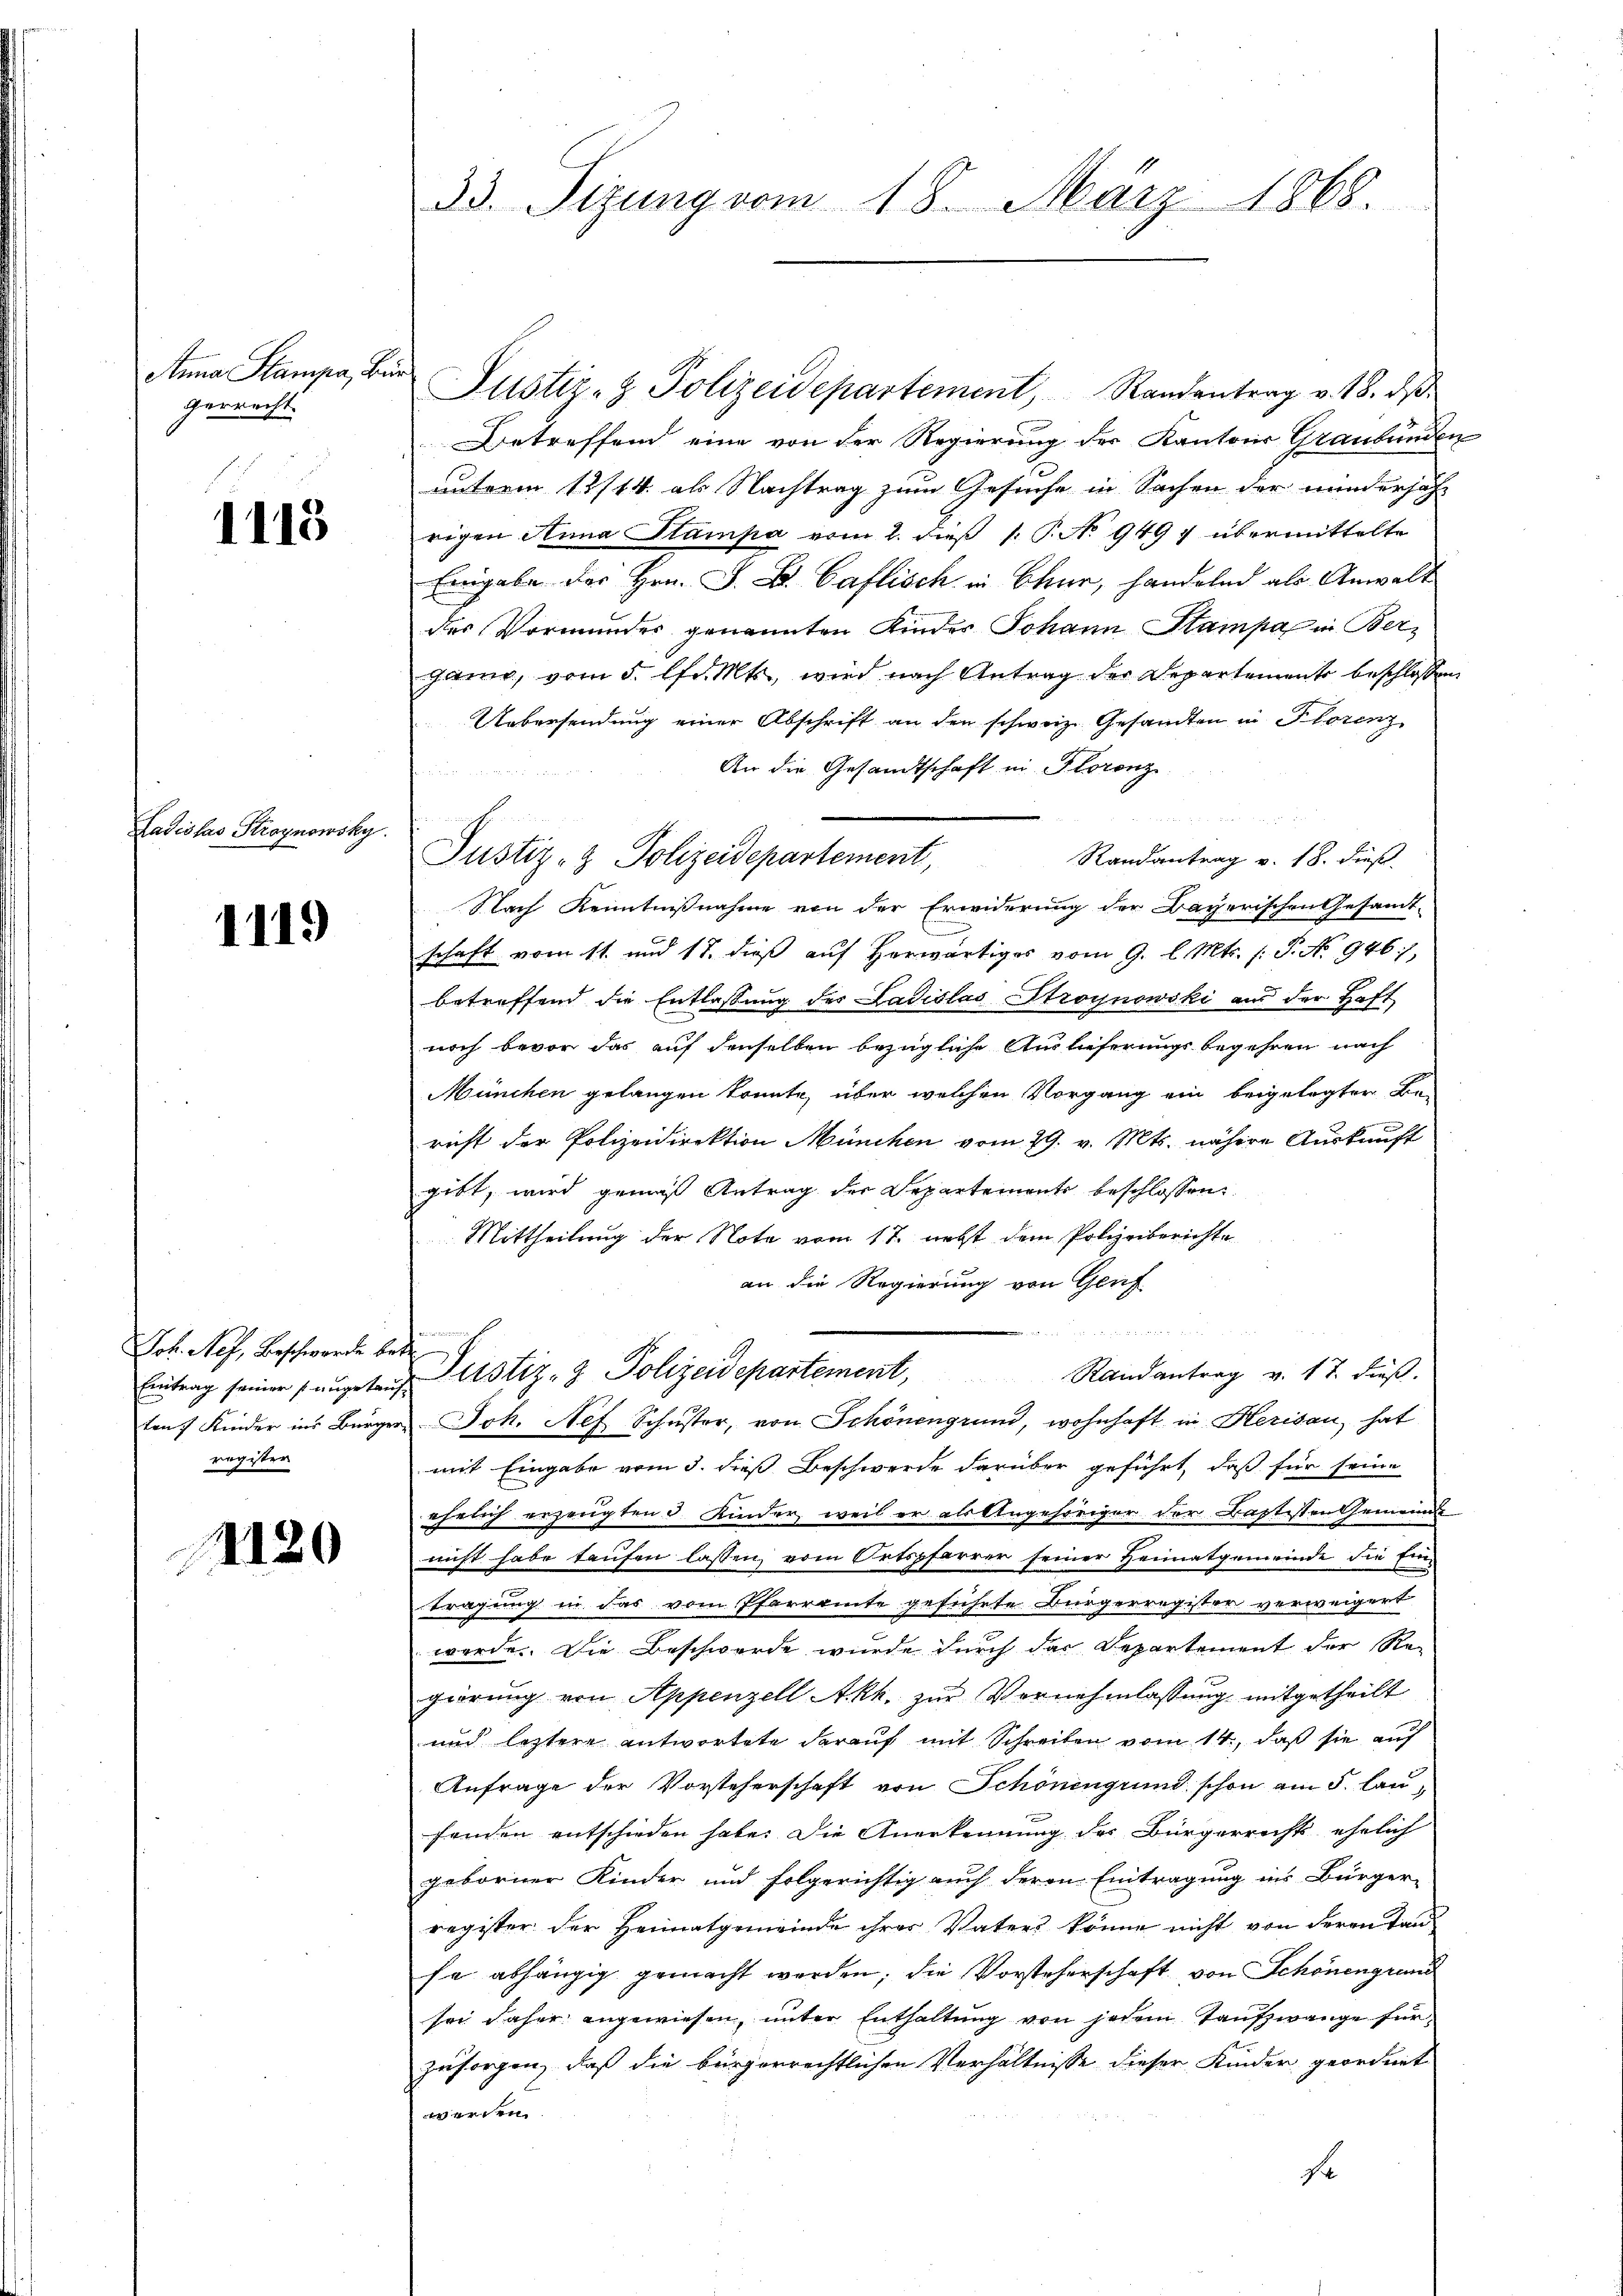
Anna Stampa, Bie
gerrecht.

1115

Ladislas Stroynowsky.

1119

Joh. Neh, Beschwerde be¬
Eintrag seiner angetauf-
ten 7 Kinder ins Bürger,
register

1120

33. Sizung vom 18. März 1868.

Justiz- & Polizeidepartement, Randantrag v. 18. dβ
Betreffend eine von der Regierung der Kantons Graubünden
unterm 12/14. als Nachtrag zum Gesuche in Sachen der minderjähr
rigen Anna Stampa vom 2. dieß P. P. No 9497 übermittelte
Eingabe der Hrn. J. B. Caflisch in Chur, handelnd als Anwalt
des Vormundes genannten Kinder Johann Stampa in Ber-
gann, vom 5. lfd. Mts., wird nach Antrag der Departement beschlossen,
Uebersendung einer Abschrift an den schweiz. Gesandten in Florenz
An die Gesandtschaft in Florenz
u
n
Randantrag v. 18. dieß.
Nach Kenntnißnahme von der Erwiderung der Bayerischen Gesandt-
schaft vom 11. und 18. dieß auf herwärtiges vom 9. l. Mts. /: P. No. 946,
betreffend die Entlassung der Ladislas Stroynowski aus der Haft
noch bevor das auf denselben bezügliche Auslieferungsbegehren nach
München gelangen könnte, über welchen Vorgang ein beigelegter Be-
rift der Polizeidirektion München vom 29. v. Mts. nähere Auskunft
gibt, wird gemäß Antrag der Departements beschlossen:
Mittheilung der Note vom 17. nebst dem Polizeiberichte
an die Regierung von Genf
d
Justiz- & Polizeidepartement,
Randantrag v. 17. dieß.
Joh. Nef Schuster, von Schönengrund, wohnhaft in Herisau, hat
mit Eingabe vom 3. dieß Beschwerde darüber geführt, daß für seine
ehelich erzeugten Kinder, weil er als Angehöriger der Bastisten Gemeinde
nicht habe taufen lassen, vom Ortspfarrer seiner Heimatgemeinde die Eintragung in das vom Pfarramte geführte Bürgerregister verweigert
werde. Die Beschwerde, wurde durch der Departement der Re-
giörung von Appenzell Akk. zur Vernehmlassung mitgetheilt
und leztere antwortete darauf mit Schreiben vom 14, daß sie auf
Anfrage der Vorsteherschaft von Schönengrund schon am 5. laufenden entschieden habe. Die Anerkennung der Bürgerrechts ehelich
geborner Kinder und folgerichtig auch deren Eintragung ins Bürger-
register der Heimatgemeinde ihrer Vaters könne nicht von deren Tan
se abhängig gemacht werden; die Vorsteherschaft von Schönengrund
sei daher angewiesen, unter Enthaltung von jedem Taufzwange für
zusorgen, daß die bürgerrechtlichen Verhältnisse dieser Kinder geordnet
werden
f

Justiz- & Polizeidepartement,